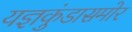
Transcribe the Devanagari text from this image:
यज्ञकुंडासमोर